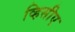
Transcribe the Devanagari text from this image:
व्हिसीए